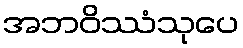
အဘဝိဿံသုပေ